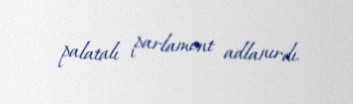
palatalı parlament adlanırdı.